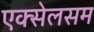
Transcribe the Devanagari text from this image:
एक्सेलसम